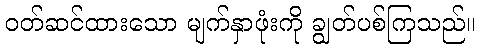
ဝတ်ဆင်ထားသော မျက်နှာဖုံးကို ချွတ်ပစ်ကြသည်။